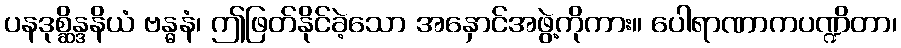
ပနဒုစ္ဆိန္ဒနိယံ ဗန္ဓနံ၊ ဤဖြတ်နိုင်ခဲ့သော အနှောင်အဖွဲ့ကိုကား။ ပေါရာဏာကပဏ္ဍိတာ၊